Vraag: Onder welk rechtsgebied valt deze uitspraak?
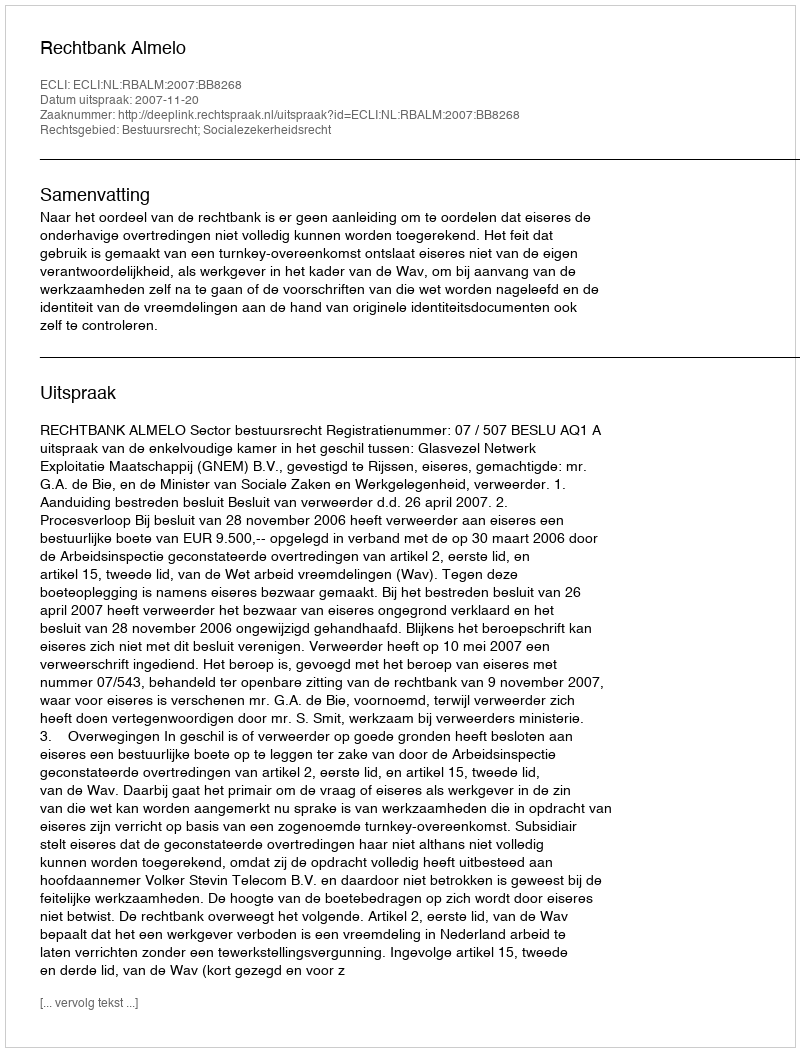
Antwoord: Bestuursrecht; Socialezekerheidsrecht